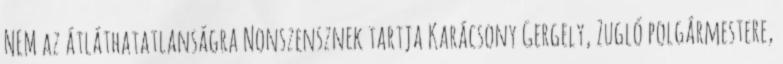
NEM az átláthatatlanságra Nonszensznek tartja Karácsony Gergely, Zugló polgármestere,